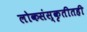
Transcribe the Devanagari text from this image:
लोकसंस्कृतीतही